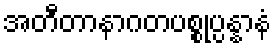
အတီတာနာဂတပစ္စုပ္ပန္နာနံ